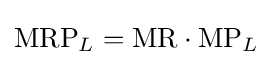
{\text{MRP}}_{L}={\text{MR}}\cdot {\text{MP}}_{L}